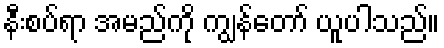
နီးစပ်ရာ အမည်ကို ကျွန်တော် ယူပါသည်။